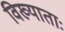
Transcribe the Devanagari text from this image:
विख्याताः